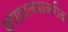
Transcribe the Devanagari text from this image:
संग्रहालयाकरीता